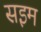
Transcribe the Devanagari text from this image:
सइम